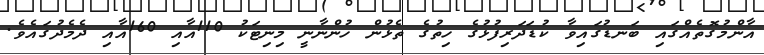
އާންމުގޮތެއްގައި ބަނޑުގައިވާ ކުޑަދަރިފުޅުގެ ހިތުގެ ތެޅުން ހުންނާނީ މިނިޓަކު 110އާއި 160އާއި ދެމެދުގައެވެ.